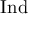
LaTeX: \mathrm { I n d }